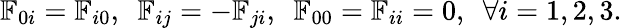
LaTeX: {\mathbb F}_{0i}={\mathbb F}_{i0},~~{\mathbb F}_{ij}=-{\mathbb F}_{ji},~~{\mathbb F}_{00}={\mathbb F}_{ii}=0,~~\forall i=1,2,3.